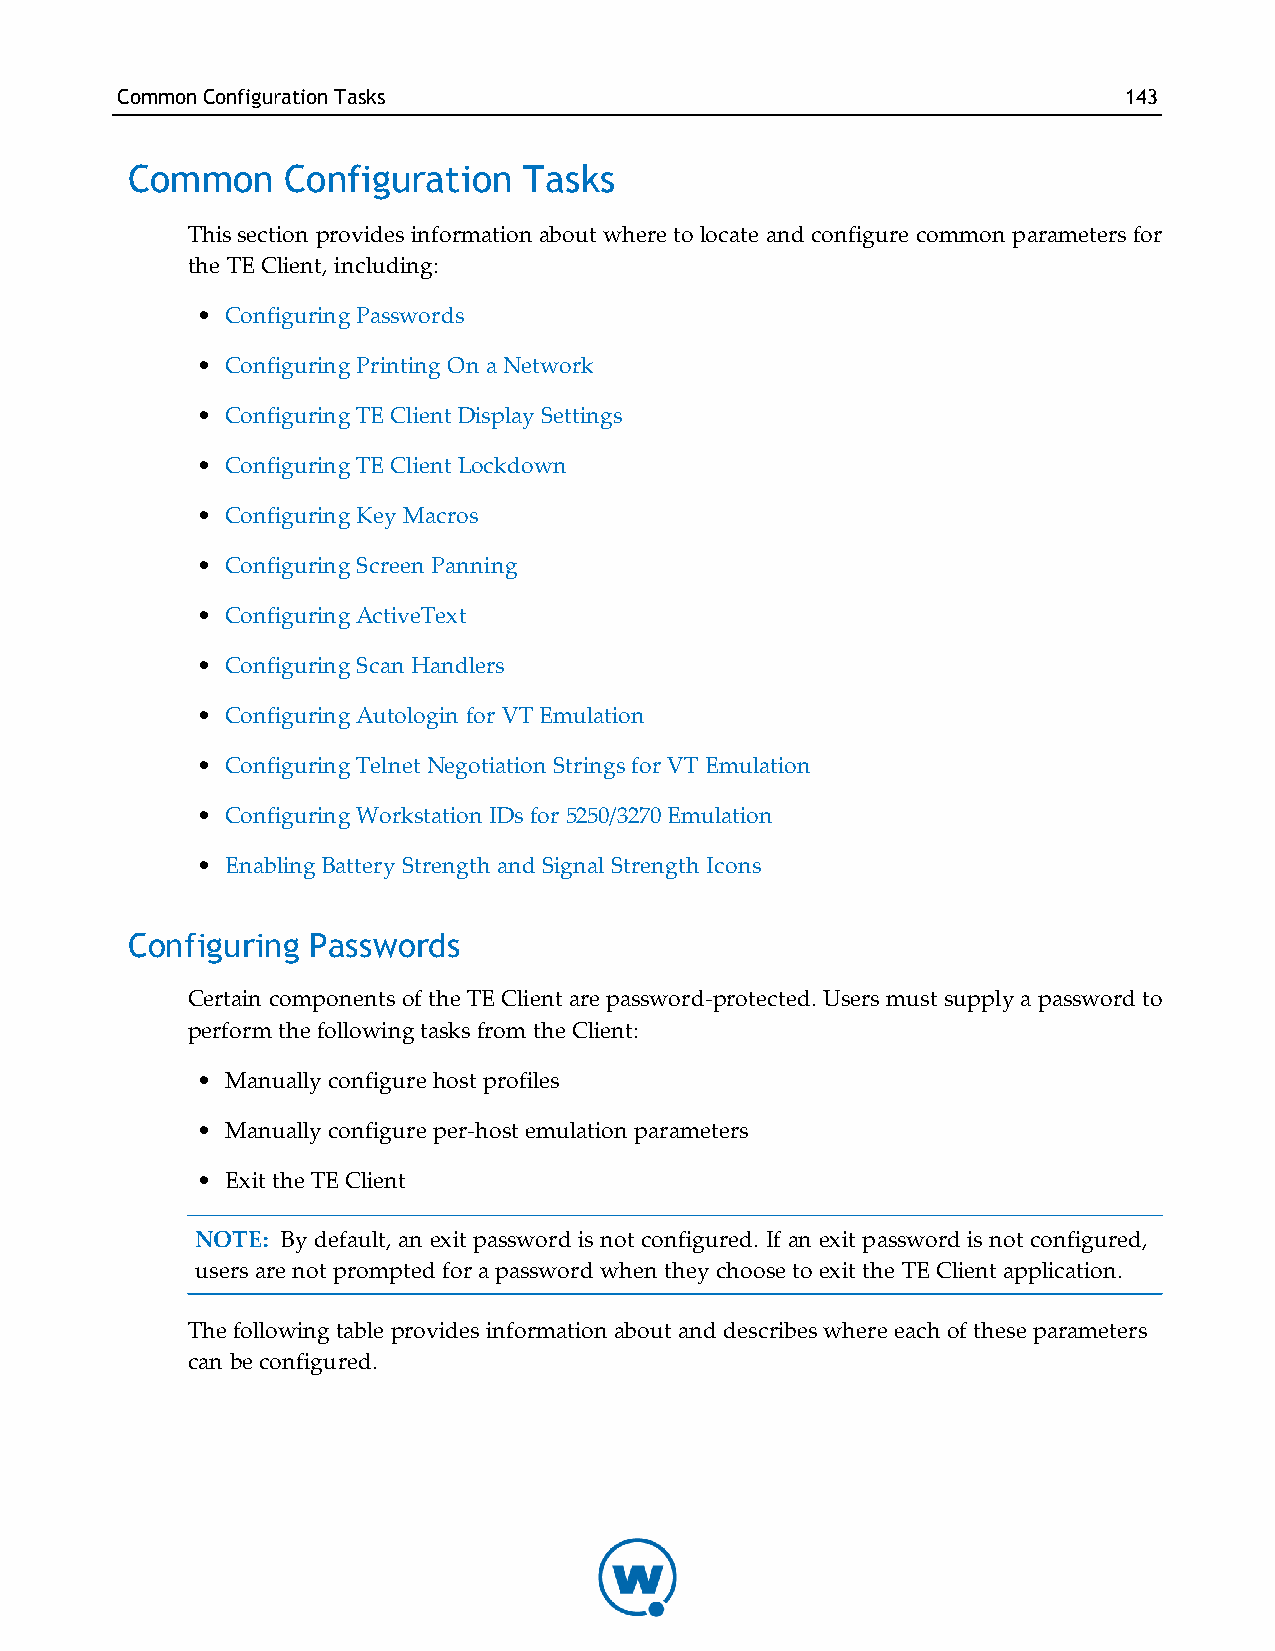
CommonConfigurationTasks                                          143
 Common     Configuration   Tasks
 This section provides information about where to locate and configure common parameters for
 the TE Client, including:
 • Configuring Passwords
 • Configuring Printing On a Network
 • Configuring TE Client Display Settings
 • Configuring TE Client Lockdown
 • Configuring Key Macros
 • Configuring Screen Panning
 • Configuring ActiveText
 • Configuring Scan Handlers
 • Configuring Autologin for VT Emulation
 • Configuring Telnet Negotiation Strings for VT Emulation
 • Configuring Workstation IDs for 5250/3270 Emulation
 • Enabling Battery Strength and Signal Strength Icons
 Configuring Passwords
 Certain components of the TE Client are password-protected. Users must supply a password to
 perform the following tasks from the Client:
 • Manually configure host profiles
 • Manually configure per-host emulation parameters
 • Exit the TE Client
 NOTE: By default, an exit password is not configured. If an exit password is not configured,
 users are not prompted for a password when they choose to exit the TE Client application.
 The following table provides information about and describes where each of these parameters
 can be configured.